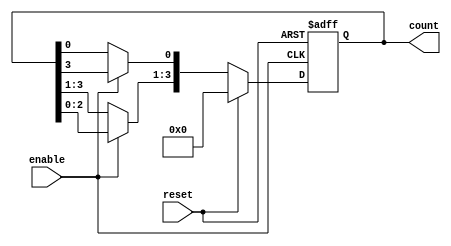
module async_ring_counter #(
    parameter N = 4 // Number of flip-flops (N should be a power of 2)
)(
    input wire reset,    // Asynchronous reset signal
    input wire enable,   // Enable signal for counting
    output reg [N-1:0] count // Output state of the counter
);

// Internal signal for the next state
reg [N-1:0] next_state;

// Asynchronous reset and state transition
always @* begin
    if (reset) begin
        next_state = {N{1'b0}}; // Set all bits to 0 on reset
    end else if (enable) begin
        // Propagate the "1" in a circular fashion
        next_state = {count[N-2:0], count[N-1]}; // Shift left
        next_state[0] = count[N-1]; // Feedback from the last to the first
    end else begin
        next_state = count; // Hold current state if not enabled
    end
end

// Update the state on the next active edge of the enable signal
always @(posedge enable or posedge reset) begin
    if (reset) begin
        count <= {N{1'b0}}; // Set all bits to 0
    end else begin
        count <= next_state; // Update state
    end
end

// Initial state
initial begin
    count = {N-1{1'b0}}; // Initialize all bits to 0
    count[0] = 1'b1;     // Set the least significant bit to 1
end

endmodule